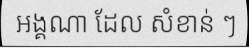
អង្គណា ដែល សំខាន់ ៗ